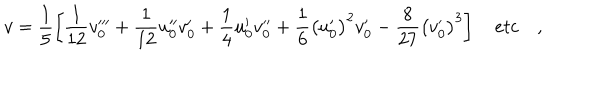
v = \frac { 1 } { 5 } \left[ \frac { 1 } { 1 2 } v _ { 0 } ^ { \prime \prime \prime } + \frac { 1 } { 1 2 } u _ { 0 } ^ { \prime \prime } v _ { 0 } ^ { \prime } + \frac { 1 } { 4 } u _ { 0 } ^ { \prime } v _ { 0 } ^ { \prime \prime } + \frac { 1 } { 6 } \left( u _ { 0 } ^ { \prime } \right) ^ { 2 } v _ { 0 } ^ { \prime } - \frac { 8 } { 2 7 } \left( v _ { 0 } ^ { \prime } \right) ^ { 3 } \right] \quad e t c \quad ,